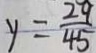
y = \frac { 2 9 } { 4 5 }